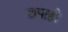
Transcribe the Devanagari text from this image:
छपाही